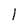
Character: 1